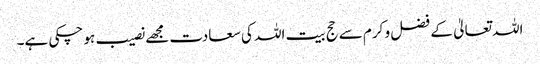
اللہ تعالیٰ کے فضل و کرم سے حج بیت اللہ کی سعادت مجھے نصیب ہو چکی ہے۔